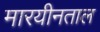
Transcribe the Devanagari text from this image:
मारयीनताल